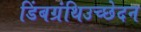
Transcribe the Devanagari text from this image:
डिंबग्रंथिउच्छेदन